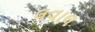
લવાલ